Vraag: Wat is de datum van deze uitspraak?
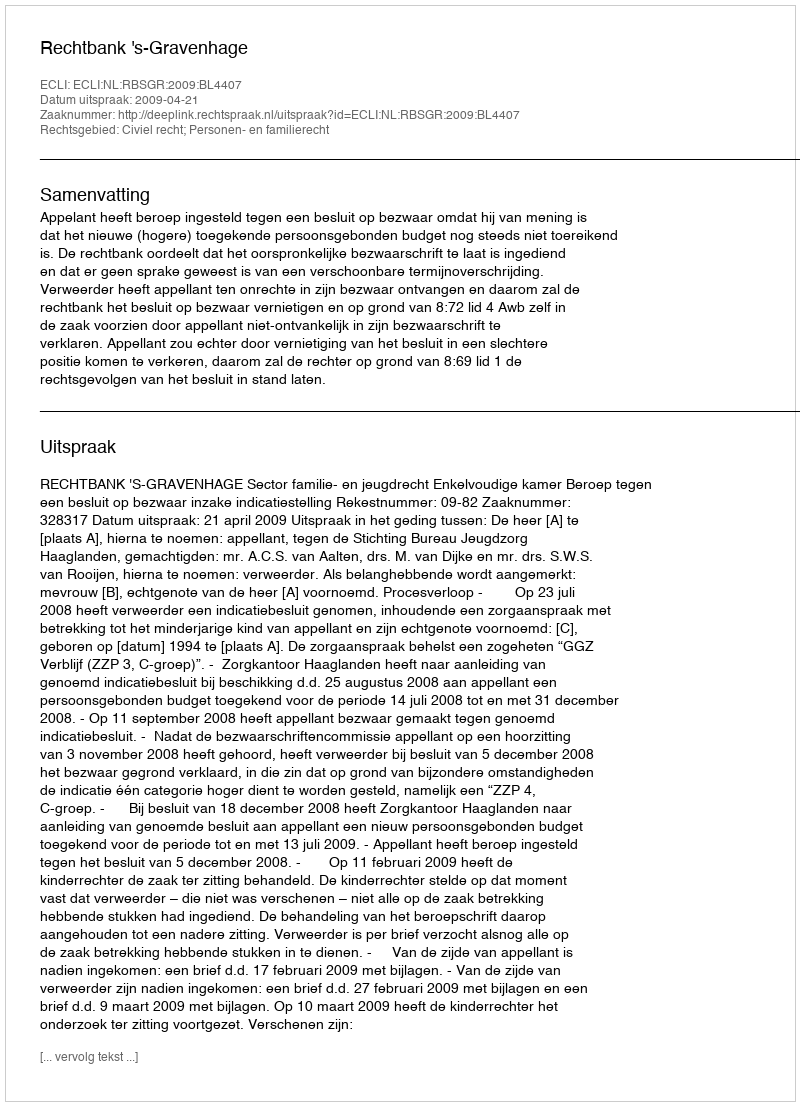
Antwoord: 2009-04-21